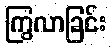
ကြွလာခြင်း